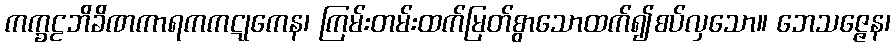
ကက္ခဠဘိခိဏကာရကကဋုကေန၊ ကြမ်းတမ်းထက်မြတ်စွာသောထက်၍စပ်လှသော။ ဘေသဇ္ဇေန၊